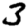
Digit: 3